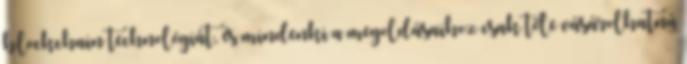
blockchain technológiát, és mindenki a megoldásaihoz csak tőle vásárolhatná